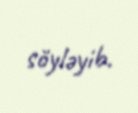
söyləyib.